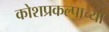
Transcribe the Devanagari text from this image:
कोशप्रकल्पाच्या